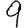
Digit: 9